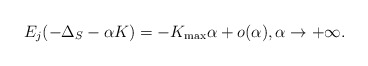
\begin{align*}E_{j}(-\Delta_{S}- \alpha K)=-K_{\max}\alpha+o(\alpha), \alpha\to+\infty.\end{align*}